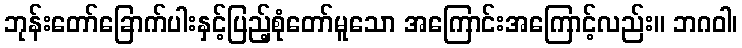
ဘုန်းတော်ခြောက်ပါးနှင့်ပြည့်စုံတော်မူသော အကြောင်းအကြောင့်လည်း။ ဘဂဝါ၊